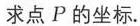
求点P的坐标.